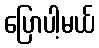
ပြောပါ့မယ်